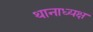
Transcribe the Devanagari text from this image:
थानाध्यक्ष